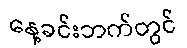
နေ့ခင်းဘက်တွင်